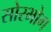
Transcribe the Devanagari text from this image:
सोरभोग